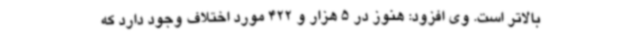
بالاتر است. وی افزود: هنوز در 5 هزار و 422 مورد اختلاف وجود دارد که